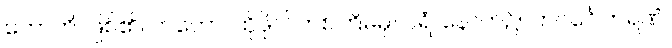
ဟောတိ၊ ဖြစ်၏။ တတော၊ ထိုဖိုလ်တစ်ကြိမ်မှ။ ပရံ၊ နောက်၌။ ဘဝင်္ဂေါတရဏံ၊